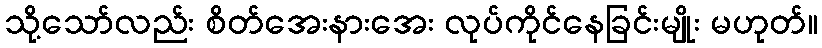
သို့သော်လည်း စိတ်အေးနားအေး လုပ်ကိုင်နေခြင်းမျိုး မဟုတ်။